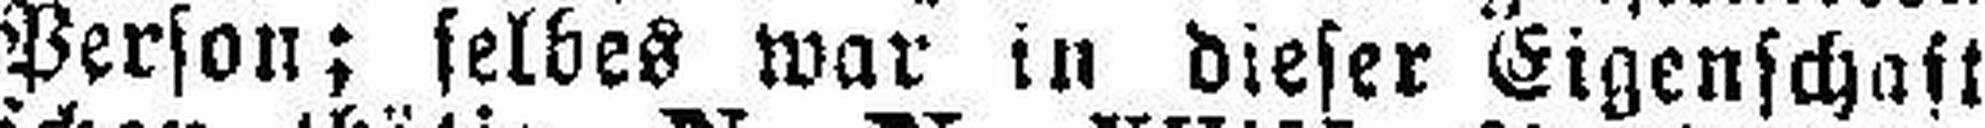
Person; selbes war in dieser Eigenschaft